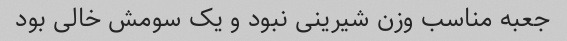
جعبه مناسب وزن شیرینی نبود و یک سومش خالی بود